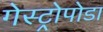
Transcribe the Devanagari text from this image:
गेस्ट्रोपोडा